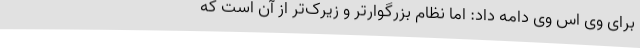
برای وی اس وی دامه داد: اما نظام بزرگوارتر و زیرک‌تر از آن است که